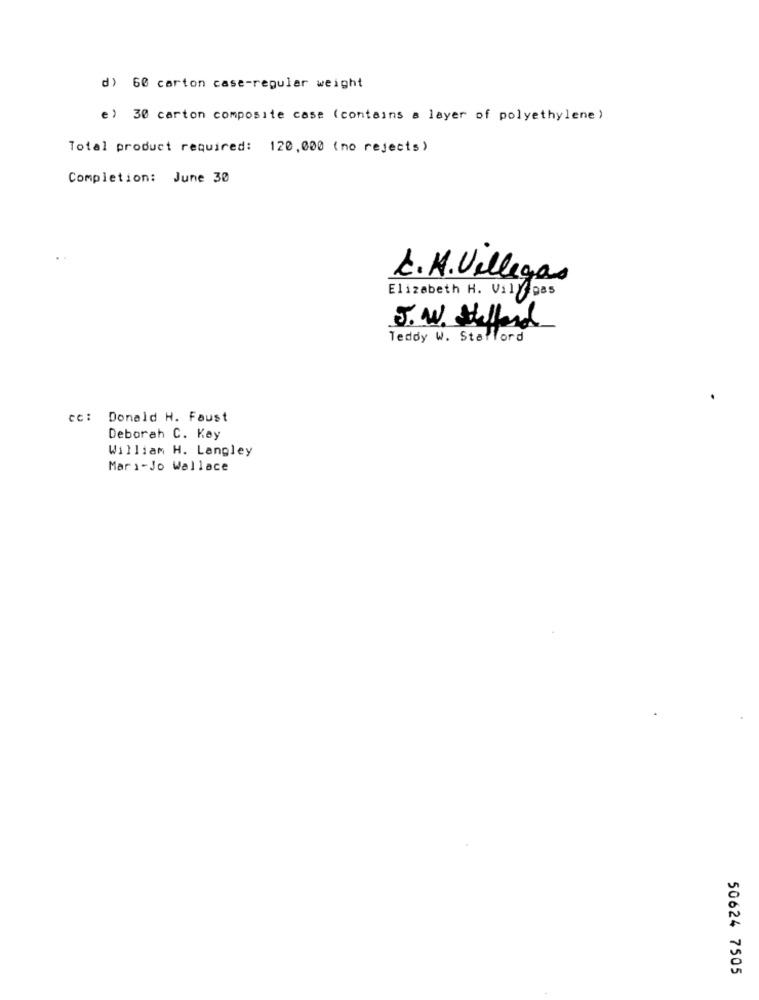
d) 60 carton case-regular weight
e) 30 carton composite case (contains a layer of polyethylene )
Total product required: 120,000 (no rejects)
Completion: June 30
L.A. Villegas
Elizabeth H. Vill Das
J. W. Helland
Teddy W. Stafford
cc: Donald H. Faust
Deborah C. Key
William H. Langley
Mari-Jo Wallace
50624 7505